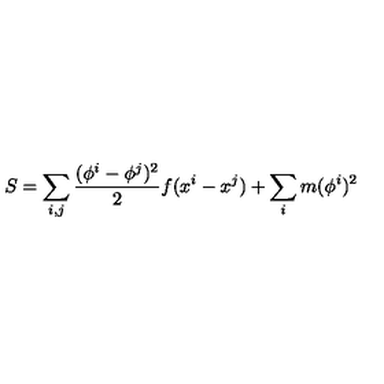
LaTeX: S = \sum _ { i , j } { \frac { ( \phi ^ { i } - \phi ^ { j } ) ^ { 2 } } { 2 } } f ( x ^ { i } - x ^ { j } ) + \sum _ { i } m ( \phi ^ { i } ) ^ { 2 }